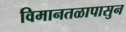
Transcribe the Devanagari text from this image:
विमानतळापासुन